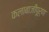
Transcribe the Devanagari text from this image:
कलाबाजीपूर्ण